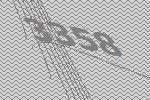
3358